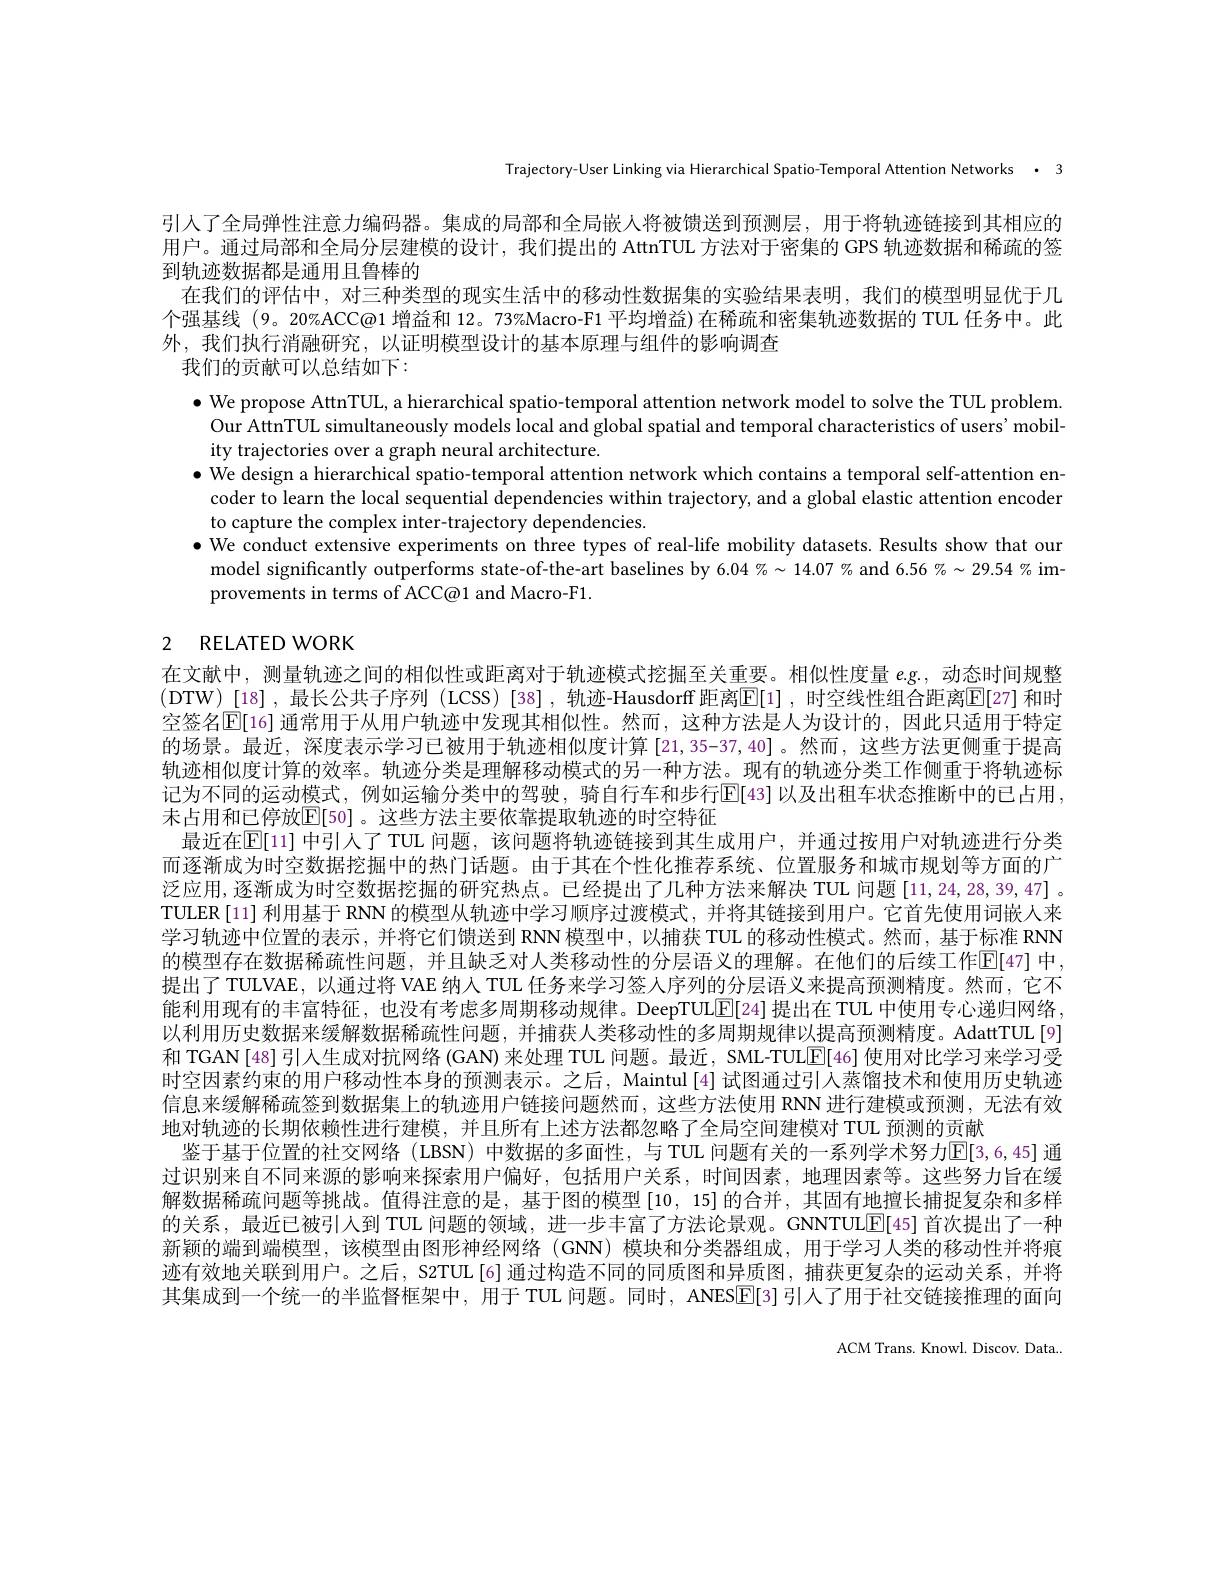
Trajectory-User Linking via Hierarchical Spatio-Temporal Attention Networks · 3

引入了全局弹性注意力编码器。集成的局部和全局嵌人将被馈送到预测层，用于将轨迹链接到其相应的用户。通过局部和全局分层建模的设计，我们提出的 AttnTUL 方法对于密集的 GPS 轨迹数据和稀疏的签到轨迹数据都是通用且鲁棒的
在我们的评估中，对三种类型的现实生活中的移动性数据集的实验结果表明，我们的模型明显优于几个强基线 (9。20%ACC@1 增益和 12。73%Macro-F1 平均增益)在稀疏和密集轨迹数据的 TUL 任务中。此外，我们执行消融研究，以证明模型设计的基本原理与组件的影响调查
我们的贡献可以总结如下：

$\bullet$ We propose AttnTUL, a hierarchical spatio-temporal attention network model to solve the TUL problem.
Our AttnTUL simultaneously models local and global spatial and temporal characteristics of users' mobil-
ity trajectories over a graph neural architecture.
$\bullet$ We design a hierarchical spatio-temporal attention network which contains a temporal self-attention en-
coder to learn the local sequential dependencies within trajectory, and a global elastic attention encoder
to capture the complex inter-trajectory dependencies
$\bullet$ We conduct extensive experiments on three types of real-life mobility datasets. Results show that our
model significantly outperforms state-of-the-art baselines by $6.04\%\sim14.07\%$ and $6.56\%\sim29.54\%$ im-
provements in terms of ACC@1 and Macro-F1.

# 2 RELATED WORK

在文献中，测量轨迹之间的相似性或距离对于轨迹模式挖掘至关重要。相似性度量$e$.g.,动态时间规整(DTW)[18],最长公共子序列(LCSS)[38],轨迹-Hausdorff 距离E[1],时空线性组合距离E[27]和时空签名$\mathbb{E}[16]$ 通常用于从用户轨迹中发现其相似性。然而，这种方法是人为设计的，因此只适用于特定的场景。最近，深度表示学习已被用于轨迹相似度计算 [21,35-37,40]。然而，这些方法更侧重于提高轨迹相似度计算的效率。轨迹分类是理解移动模式的另一种方法。现有的轨迹分类工作侧重于将轨迹标记为不同的运动模式，例如运输分类中的驾驶，骑自行车和步行E[43] 以及出租车状态推断中的已占用， 末占用和已停放$\mathbb{E}[50]$。这些方法主要依靠提取轨迹的时空特征
最近在$\mathbb{E}[11]$ 中引人了TUL 问题，该问题将轨迹链接到其生成用户，并通过按用户对轨迹进行分类而逐渐成为时空数据挖掘中的热门话题。由于其在个性化推荐系统、位置服务和城市规划等方面的广泛应用，逐渐成为时空数据挖掘的研究热点。已经提出了几种方法来解决 TUL 问题 [11,24,28,39,47] 。TULER[11] 利用基于 RNN 的模型从轨迹中学习顺序过渡模式，并将其链接到用户。它首先使用词嵌人来学习轨迹中位置的表示，并将它们馈送到 RNN模型中，以捕获 TUL 的移动性模式。然而，基于标准 RNN 的模型存在数据稀疏性问题，并且缺乏对人类移动性的分层语义的理解。在他们的后续工作回[47] 中， 提出了TULVAE，以通过将 VAE 纳人 TUL 任务来学习签人序列的分层语义来提高预测精度。然而，它不能利用现有的丰富特征，也没有考虑多周期移动规律。DeepTUL[E[24]提出在 TUL 中使用专心递归网络， 以利用历史数据来缓解数据稀疏性问题，并捕获人类移动性的多周期规律以提高预测精度。AdattTUL[9] 和 TGAN[48] 引人生成对抗网络 (GAN) 来处理 TUL 问题。最近，SML-TUL[E[46] 使用对比学习来学习受时空因素约束的用户移动性本身的预测表示。之后，Maintul[4] 试图通过引人蒸馏技术和使用历史轨迹信息来缓解稀疏签到数据集上的轨迹用户链接问题然而，这些方法使用 RNN 进行建模或预测，无法有效地对轨迹的长期依赖性进行建模，并且所有上述方法都忽略了全局空间建模对 TUL 预测的贡献
鉴于基于位置的社交网络 (LBSN) 中数据的多面性，与 TUL 问题有关的一系列学术努力[E[3,6,45] 通过识别来自不同来源的影响来探索用户偏好，包括用户关系，时间因素，地理因素等。这些努力旨在缓解数据稀疏问题等挑战。值得注意的是，基于图的模型[10,15]的合并，其固有地擅长捕捉复杂和多样的关系，最近已被引人到 TUL 问题的领域，进一步丰富了方法论景观。GNNTULE[45]首次提出了一种新颖的端到端模型，该模型由图形神经网络(GNN) 模块和分类器组成，用于学习人类的移动性并将痕迹有效地关联到用户。之后，S2TUL[6] 通过构造不同的同质图和异质图，捕获更复杂的运动关系，并将其集成到一个统一的半监督框架中，用于 TUL 问题。同时，ANES[E[3] 引人了用于社交链接推理的面向

ACM Trans. Knowl. Discov. Data.